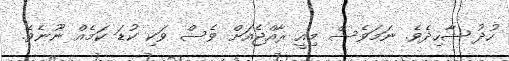
ހުދު ޝާހިދެވެ. ނަމަވެސް މިއީ ރާއްޖެއަށް ވެސް ވަކި ކުޑަ ކަމެއް ނޫނެވެ.